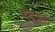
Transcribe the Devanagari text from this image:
क्यूडर